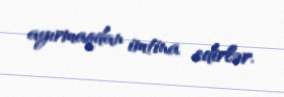
ayırmaqdan imtina edirlər.